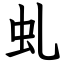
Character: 虬